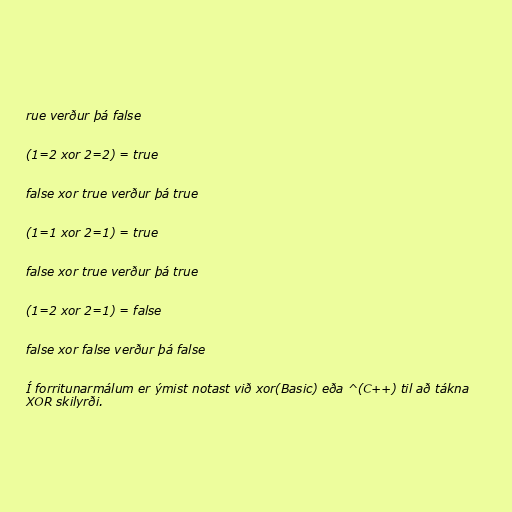
rue verður þá false

(1=2 xor 2=2) = true

false xor true verður þá true

(1=1 xor 2=1) = true

false xor true verður þá true

(1=2 xor 2=1) = false

false xor false verður þá false

Í forritunarmálum er ýmist notast við xor(Basic) eða ^(C++) til að tákna
XOR skilyrði.